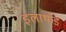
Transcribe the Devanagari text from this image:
इलाथोड